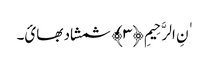
ٰنِ الرَّحِیمِ ﴿٣﴾ شمشاد بھائ۔